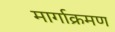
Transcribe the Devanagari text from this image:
मार्गाक्रमण